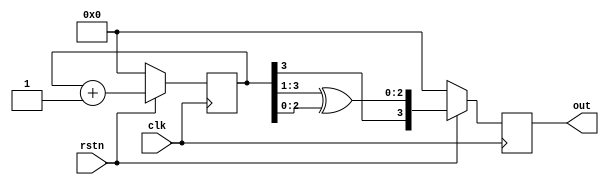
module gray_counter 
  # (parameter N = 4)  
  
  ( input   clk,  
    input   rstn,  
    output reg [N-1:0] out);  
  
    reg [N-1:0] q;  
  
    always @ (posedge clk) begin  
        if (!rstn) begin  
        q <= 0;  
            out <= 0;  
      end else begin  
        q <= q + 1;  
`ifdef FOR_LOOP  
        for (int i = 0; i < N-1; i= i+1) begin  
        out[i] <= q[i+1] ^ q[i];  
        end  
        out[N-1] <= q[N-1];  
`else  
            out <= {q[N-1], q[N-1:1] ^ q[N-2:0]};  
`endif  
    end  
    end  
endmodule